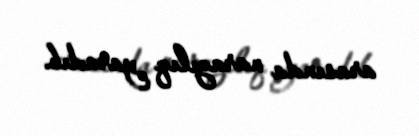
arasında narazılıq yaradıb.